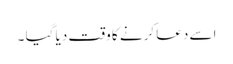
اسے دعا کرنے کا وقت دیا گیا ۔